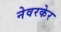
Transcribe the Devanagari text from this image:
नेवरकेर